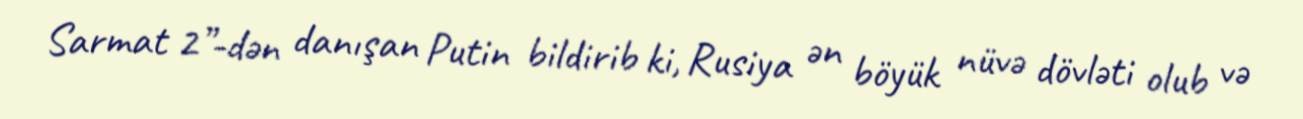
Sarmat 2”-dən danışan Putin bildirib ki, Rusiya ən böyük nüvə dövləti olub və